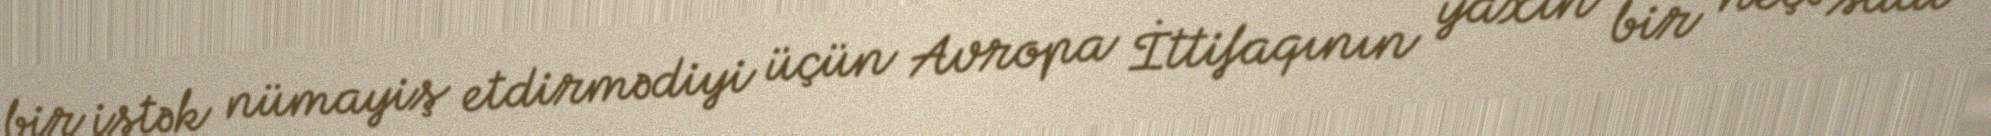
bir istək nümayiş etdirmədiyi üçün Avropa İttifaqının yaxın bir neçə saat